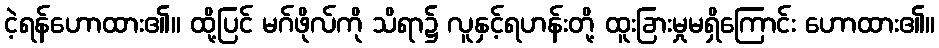
ငဲ့ရန်ဟောထား၏။ ထို့ပြင် မဂ်ဖိုလ်ကို သိရာ၌ လူနှင့်ရဟန်းတို့ ထူးခြားမှုမရှိကြောင်း ဟောထား၏။